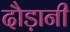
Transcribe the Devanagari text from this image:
दौड़ानी